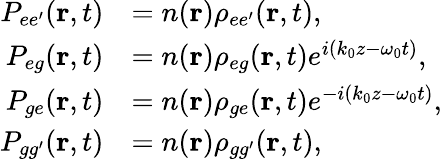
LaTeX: \begin{array}{rl}{P_{ee^{\prime}}(\textbf{r},t)}&{=n(\textbf{r})\rho_{ee^{\prime}}(\textbf{r},t),}\\ {P_{eg}(\textbf{r},t)}&{=n(\textbf{r})\rho_{eg}(\textbf{r},t)e^{i(k_{0}z-\omega_{0}t)},}\\ {P_{ge}(\textbf{r},t)}&{=n(\textbf{r})\rho_{ge}(\textbf{r},t)e^{-i(k_{0}z-\omega_{0}t)},}\\ {P_{gg^{\prime}}(\textbf{r},t)}&{=n(\textbf{r})\rho_{gg^{\prime}}(\textbf{r},t),}\end{array}